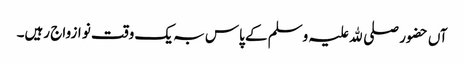
آں حضور صلی ﷲ علیہ وسلم کے پاس بہ یک وقت نو ازواج رہیں۔